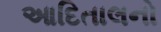
આદિતાલનો